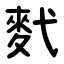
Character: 䴬